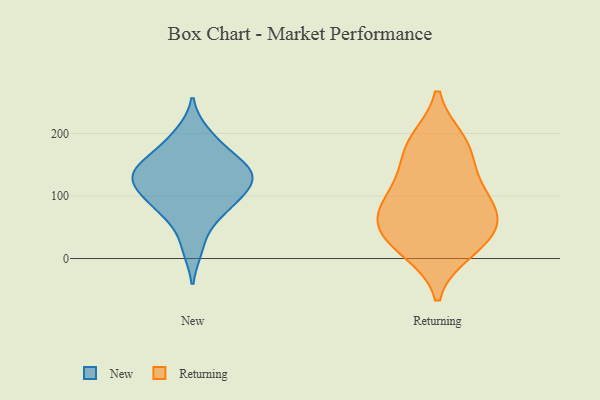
{"axis": {"x": "Bounce Rate (%)", "y": "Value"}, "legend": ["New", "Returning"], "data": [{"x": "", "y": 182, "type": "New"}, {"x": "", "y": 124, "type": "New"}, {"x": "", "y": 16, "type": "New"}, {"x": "", "y": 81, "type": "New"}, {"x": "", "y": 126, "type": "New"}, {"x": "", "y": 114, "type": "New"}, {"x": "", "y": 155, "type": "New"}, {"x": "", "y": 146, "type": "New"}, {"x": "", "y": 200, "type": "New"}, {"x": "", "y": 137, "type": "New"}, {"x": "", "y": 107, "type": "New"}, {"x": "", "y": 64, "type": "New"}, {"x": "", "y": 149, "type": "New"}, {"x": "", "y": 88, "type": "New"}, {"x": "", "y": 72, "type": "Returning"}, {"x": "", "y": 185, "type": "Returning"}, {"x": "", "y": 114, "type": "Returning"}, {"x": "", "y": 188, "type": "Returning"}, {"x": "", "y": 36, "type": "Returning"}, {"x": "", "y": 115, "type": "Returning"}, {"x": "", "y": 12, "type": "Returning"}, {"x": "", "y": 57, "type": "Returning"}, {"x": "", "y": 19, "type": "Returning"}, {"x": "", "y": 161, "type": "Returning"}, {"x": "", "y": 60, "type": "Returning"}, {"x": "", "y": 80, "type": "Returning"}]}